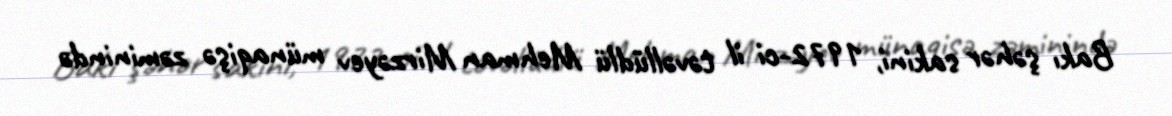
Bakı şəhər sakini, 1972-ci il təvəllüdlü Mehman Mirzəyev münaqişə zəminində